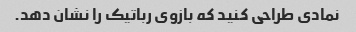
نمادی طراحی کنید که بازوی رباتیک را نشان دهد.